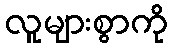
လူများစွာကို